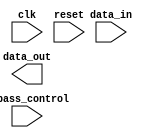
module Variable_depth_Bypass_register
(
  input wire clk,
  input wire reset,
  input wire bypass_control,
  input wire data_in,
  output reg data_out
);

parameter DEPTH = 8; // default depth of 8

reg [DEPTH-1:0] reg_data;
reg [DEPTH-1:0] reg_next;
reg [DEPTH-1:0] reg_sync;
integer i;

always @(posedge clk or posedge reset)
begin
  if (reset)
  begin
    for (i = 0; i < DEPTH; i = i + 1)
    begin
      reg_data[i] <= 1'b0;
    end
  end
  else
  begin
    for (i = 0; i < DEPTH; i = i + 1)
    begin
      if (i == 0)
      begin
        if (bypass_control)
          reg_next[i] <= data_in;
        else
          reg_next[i] <= reg_data[i];
      end
      else
      begin
        reg_next[i] <= reg_data[i-1];
      end
    end
  end
end

always @(posedge clk)
begin
  for (i = 0; i < DEPTH; i = i + 1)
  begin
    reg_data[i] <= reg_next[i];
  end
end

always @(*)
begin
  data_out = reg_sync[DEPTH-1];
end

endmodule